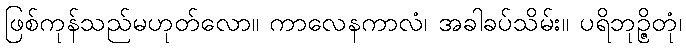
ဖြစ်ကုန်သည်မဟုတ်လော။ ကာလေနကာလံ၊ အခါခပ်သိမ်း။ ပရိဘုဉ္ဇိတုံ၊